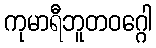
ကုမာရီဘူတဝဂ္ဂေါ